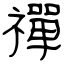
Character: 禪